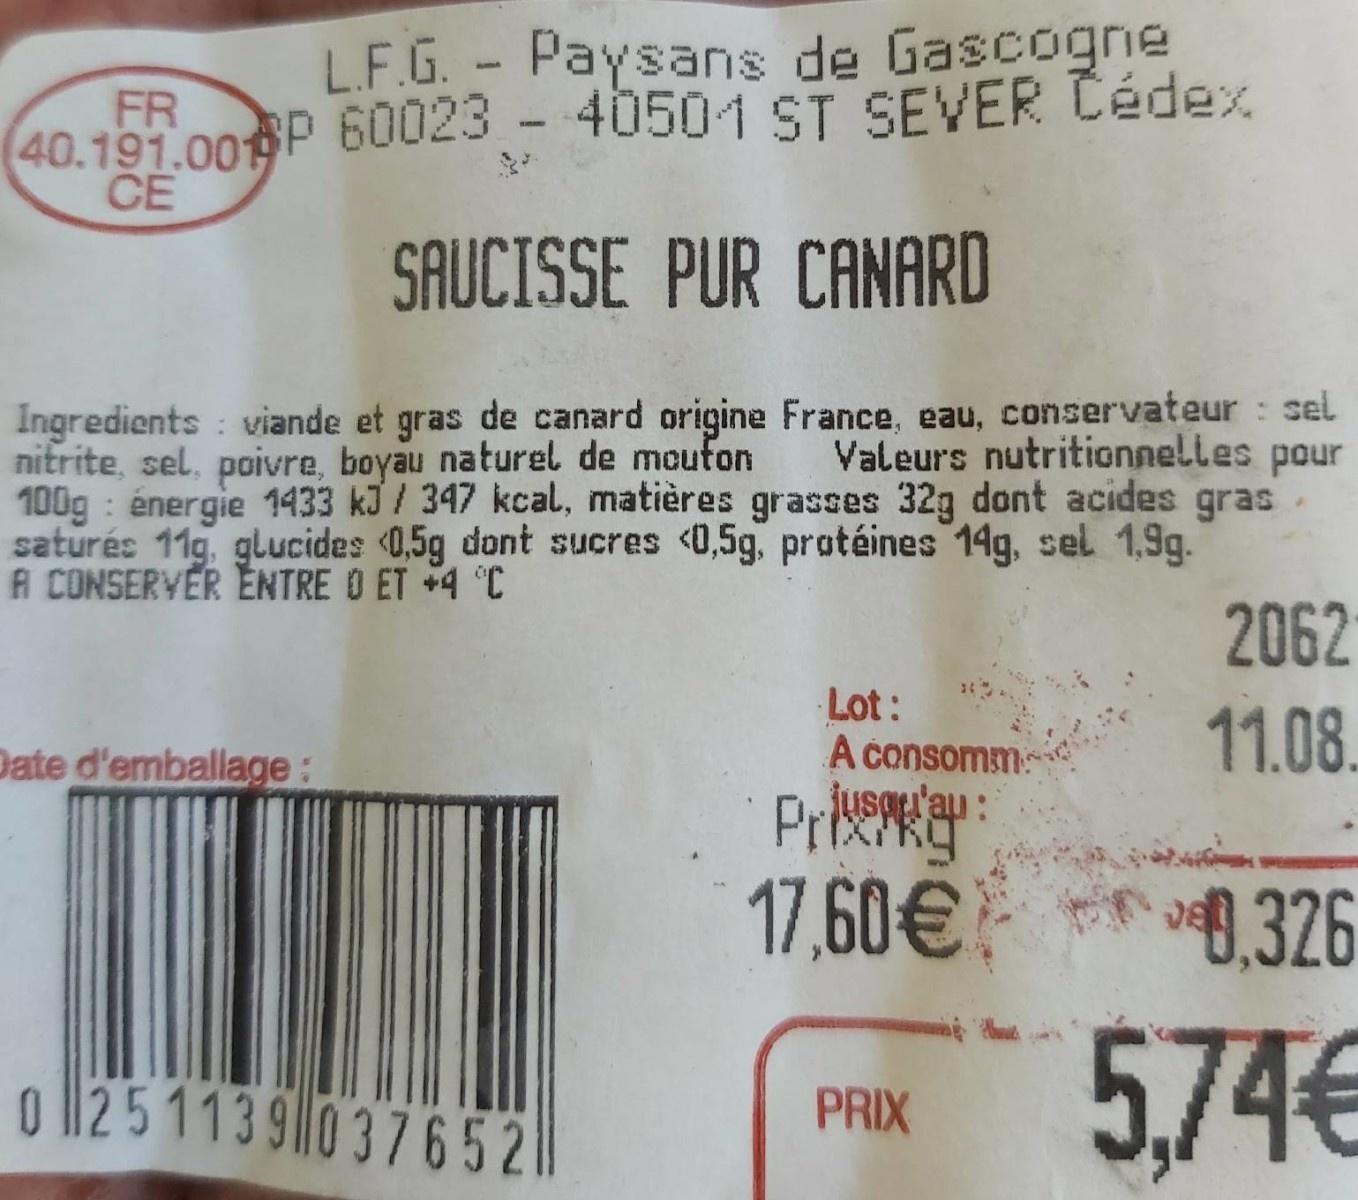
L.F.G. Paysans de Gascogne
40.191.00 P 60023 - 40501 ST SEVER Cédex CE
FR
SAUCISSE PUR CANARD
Ingredients : viande et gras de canard origine France, eau, conservateur : sel nitrite, sel, poivre, boyau naturel de moufon 100g : énergie 1433 kJ / 347 kcal, matières grasses 32g dont acides gras saturés 11g, glucides 0,5g dont sucres <0,5g, protéines 14g, sel 1,9g. A CONSERVER ENTRE O ET +4 °C
Valeurs nutritionnelles pour
2062
Lot: A čonsomm: Jusa'au:
11.08.
Date d'emballage:
17,60€ 0,326
5,74€
o 1251139|0 37652
PRIX